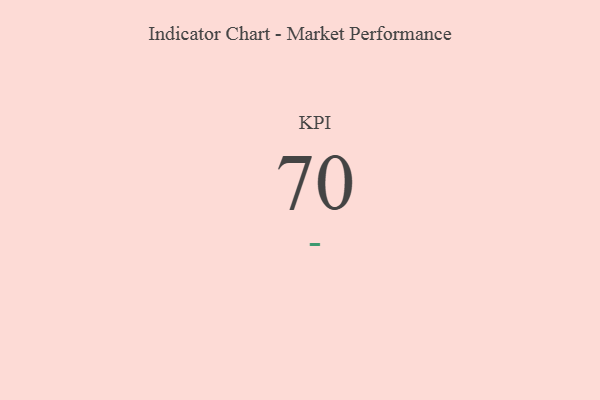
{"axis": {"x": "KPI", "y": "Value"}, "legend": [""], "data": [{"x": "KPI", "y": 70, "type": ""}]}